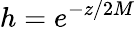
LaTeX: h=e^{-z/2M}